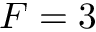
F = 3